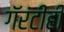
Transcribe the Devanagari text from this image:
गॅरंटीही